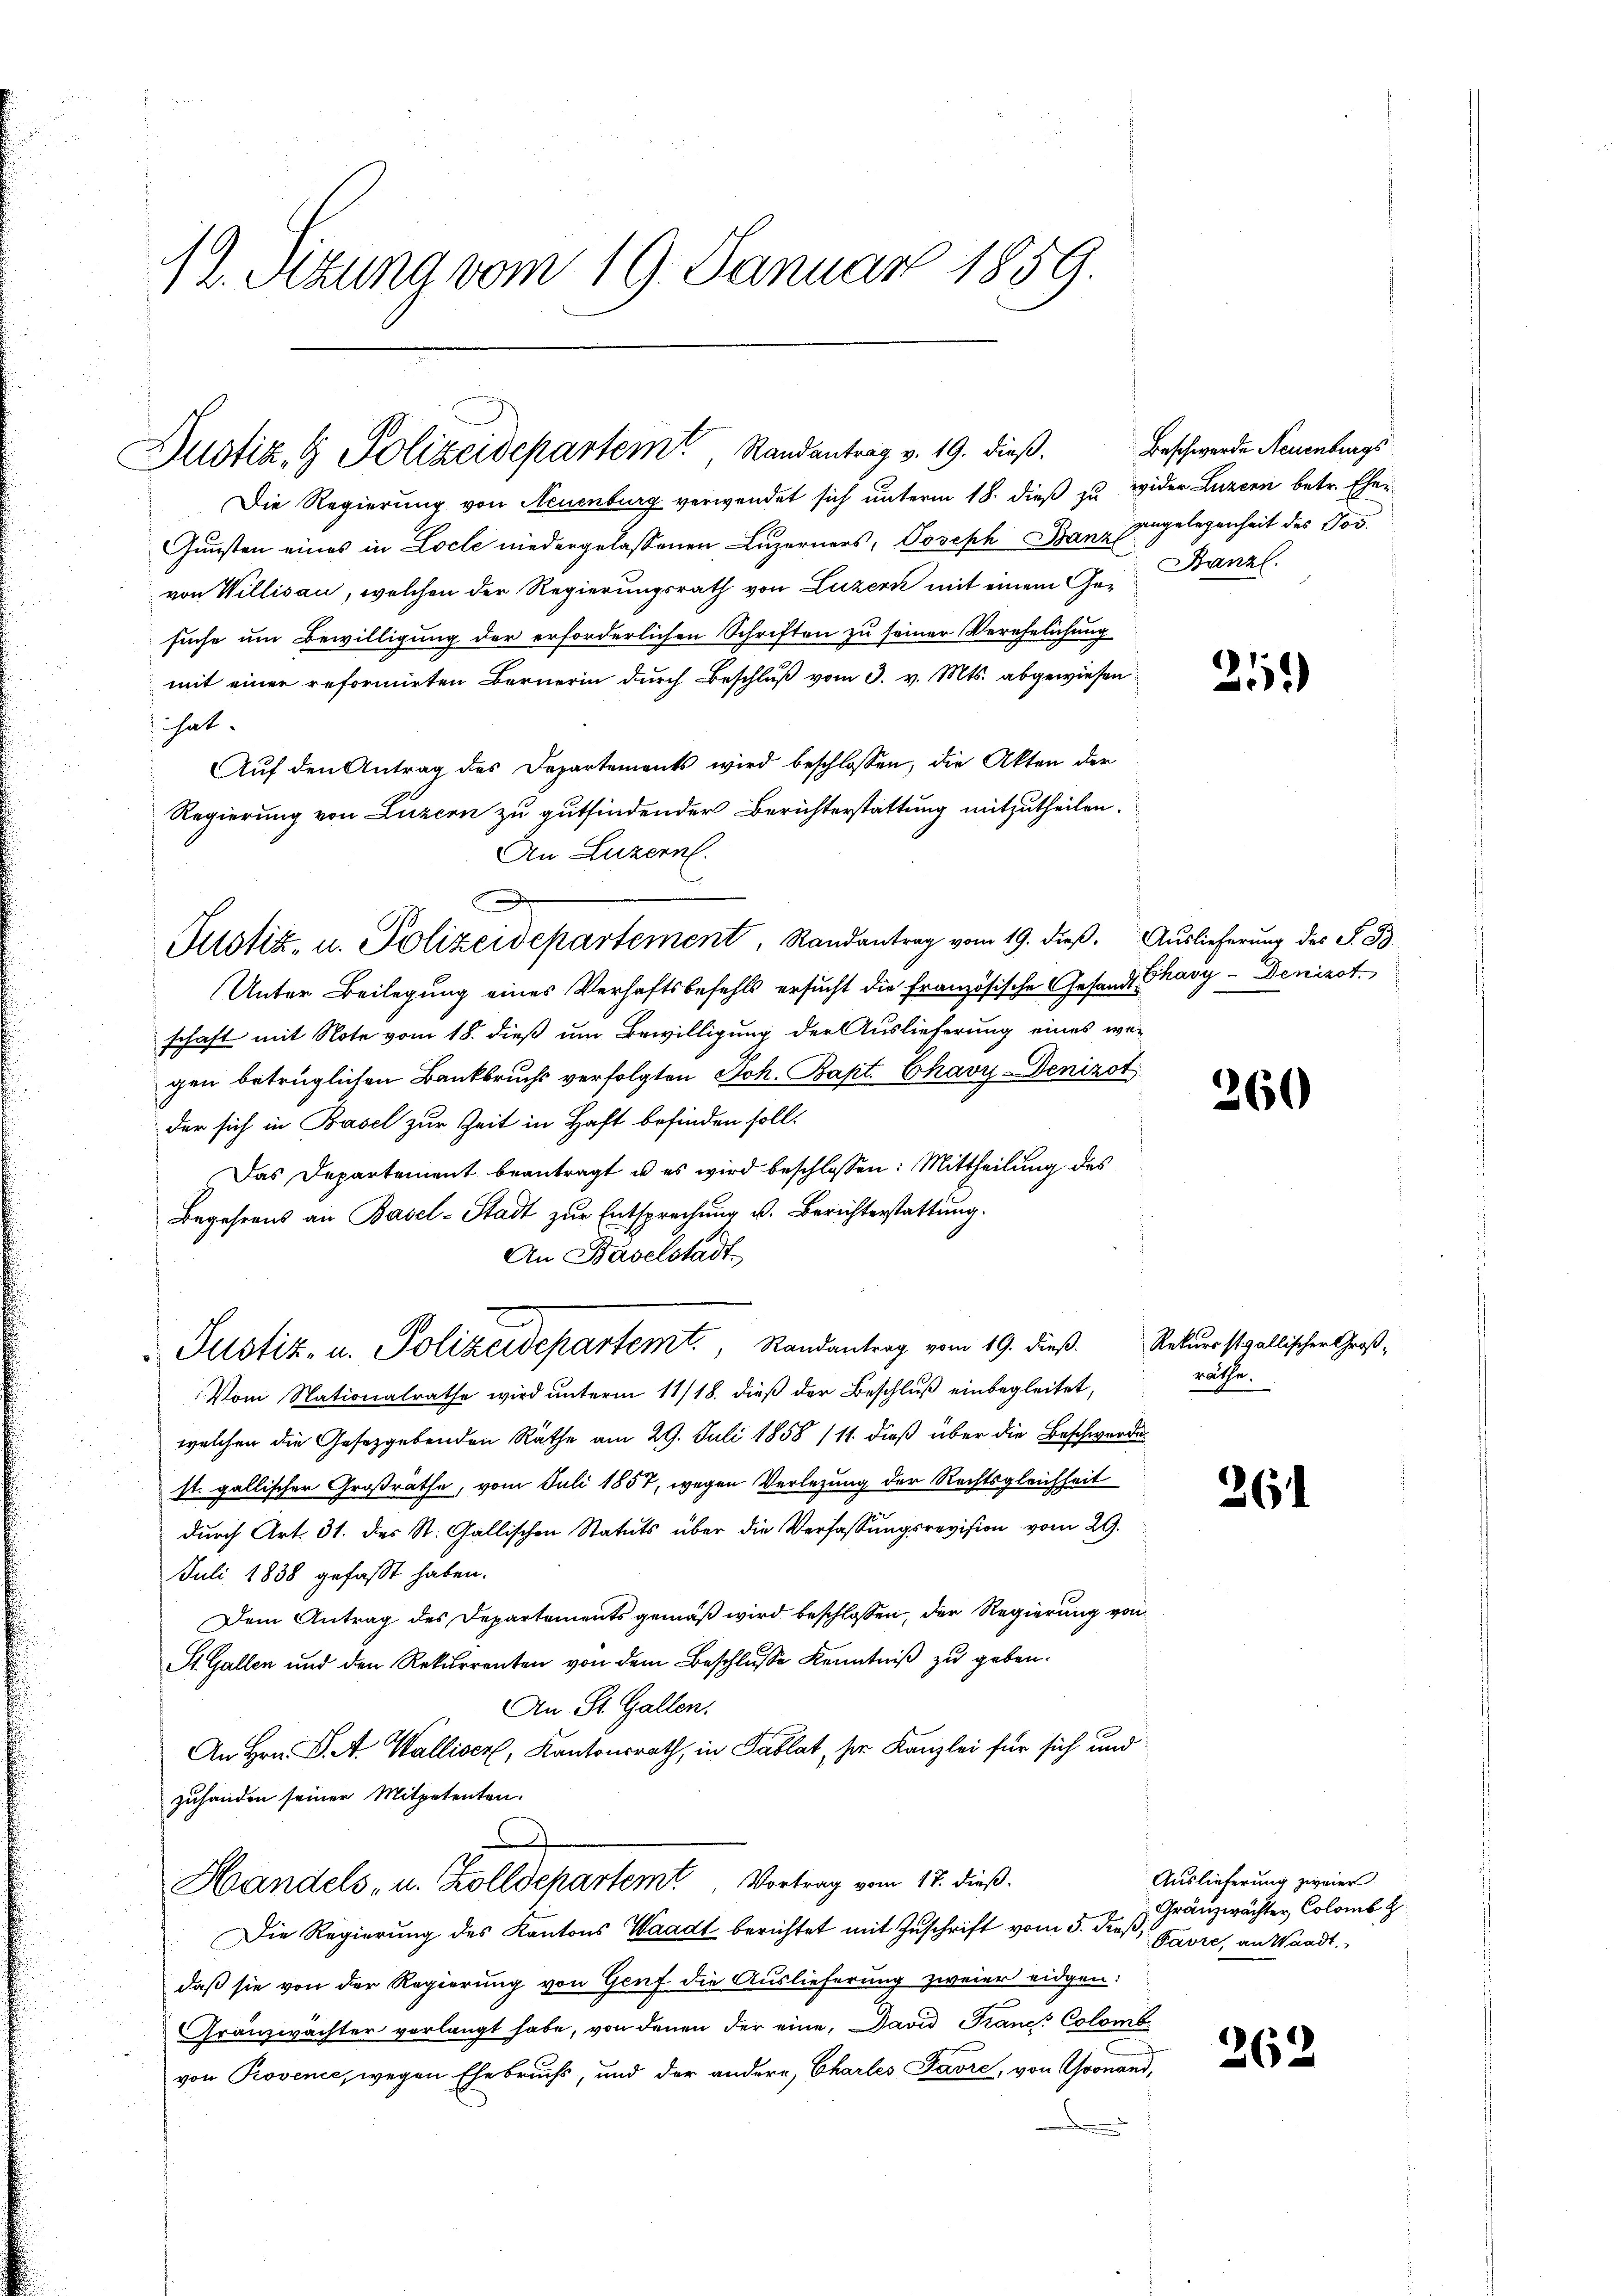
12. Sitzung vom 19. Januar 1859.

Justiz- & Polizeidepartem Randantrag v. 19. dieß.

Die Regierung von Neuenburg verwendet sich unterm 18. dieß zu wider Luzern betr. Ehe¬
Gunsten eines in Locle niedergelassenen Luzerners, Joseph Banz Eingelegenheit des Jos.
von Willisau, welchen der Regierungsrath von Luzern mit einem Ge-Banzl
suche um Bewilligung der erforderlichen Schriften zu seiner Verehelichung
mit einer reformirten Bernerin durch Beschluß vom 3. v. Mts. abgewiesen
hat
Aŭf den Antrag des Departements wird beschlossen, die Akten der
Regierung von Luzern zu gutfindender Berichterstattung mitzutheilen.
Justiz, u. Polizeidepartement, Randantrag vom 19. dieß. Auslieferung des S. 83.
Unter Beilegung eines Verhaftsbefehls ersucht die französische Gesandt Chary - Denizot.
schaft mit Note vom 18. dieß um Bewilligung der Auslieferung eines wegen betrüglichen Bankbruchs verfolgten Joh. Bapt. Chavy-Denizot
der sich in Basel zur Zeit in Haft befinden soll.
Das Departement beantragt u es wird beschlossen: Mittheilung des
Begehrens an Basel-Stadt zur Entsprechung u. Berichterstattung.
An Baselstadt,
Vom Nationalrathe wird unterm 11/18. dieß der Beschluß einbegleitet,
welchen die Gesetzgebenden Räthe am 29. Juli 1858 (11. dieß über die Beschwerde
st. gallischer Großräthe, vom Juli 1857, wegen Verlegung der Rechtsgleichheit
dŭrch Art. 31. des St. Gallischen Statuts über die Verfassŭngsrevision vom 29.
Juli 1838 gefaßt haben.
Dem Antrag des Departements gemäß wird beschlossen, der Regierung von
St. Gallen und den Rekurrenten von dem Beschlusse Kenntniß zu geben.
An St. Gallen.
An Hrn. G. A. Walliser, Kantonsrath, in Tablat, ser Kanzlei für sich und
zuhanden seiner Mitpetenten.
)
Handels- u. Zolldepartem Vortrag vom 17. dieß.
Die Regierung des Kantons Waadt berichtet mit Zuschrift vom 5. dieß,
daß sie von der Regierung von Genf die Auslieferung zweier eidgen:
Granzwächter verlangt habe, von denen der eine, David Trane Colomb
von Provenie, wegen Ehebruchs, und der andere, Chartes Favre, von Gsonand,

An Luzern.

Justiz- u. Polizeidepartemt., Randantrag vom 19. dieß

Beschwerde Neuenburgs

211)

260

Rekurs stgallischer Großräthe.

261

262

Auslieferung zweier.
Gränzwächter Colomb
Favre, an Waadt.